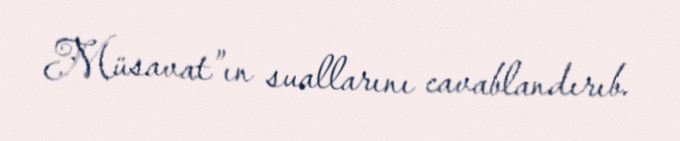
Müsavat”ın suallarını cavablandırıb.